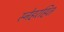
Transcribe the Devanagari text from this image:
स्नेहरहित